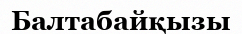
Балтабайқызы